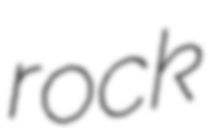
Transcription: rock